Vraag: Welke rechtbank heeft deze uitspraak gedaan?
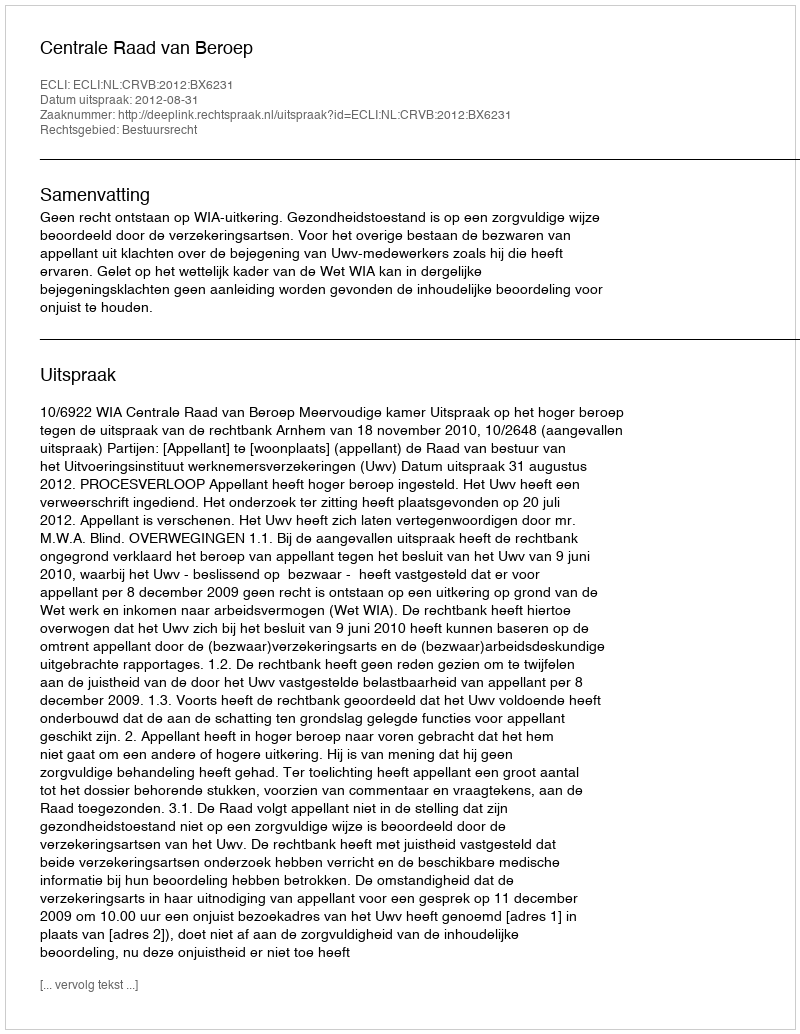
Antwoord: Centrale Raad van Beroep